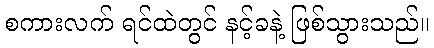
စကားလက် ရင်ထဲတွင် နင့်ခနဲ့ ဖြစ်သွားသည်။